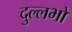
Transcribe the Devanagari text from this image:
दुल्लभो